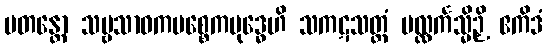
ပတန္တော သဗ္ဗသာဝကပစ္စေကဗုဒ္ဓေဟိ သကဋသတ္ထံ ပလ္လင်္ကသ္မိဉှိ ဧကိဒံ